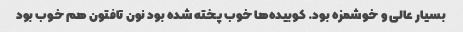
بسیار عالی و خوشمزه بود. کوبیده‌ها خوب پخته شده بود نون تافتون هم خوب بود